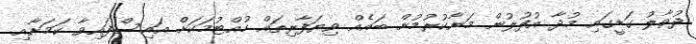
ދުވާލު ގަޑީގައި މުދާ އުފުލުން މަނާކުރުމުން ބައެއް ވިޔަފާރިތައް ހުއްޓުމަކަށް އައިސްފައިވާ ކަމަށާއި